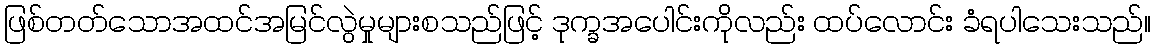
ဖြစ်တတ်သောအထင်အမြင်လွဲမှုများစသည်ဖြင့် ဒုက္ခအပေါင်းကိုလည်း ထပ်လောင်း ခံရပါသေးသည်။